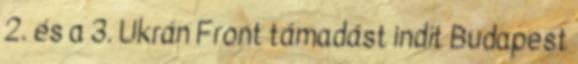
2. és a 3. Ukrán Front támadást indít Budapest